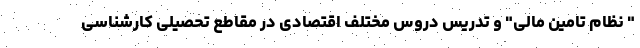
" نظام تامین مالی" و تدریس دروس مختلف اقتصادی در مقاطع تحصیلی کارشناسی